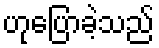
ဟုပြောခဲ့သည်